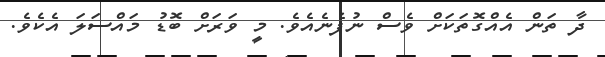
ދާ ތަން އެއްގޮތަކަށް ވެސް ނުފެނެއެވެ. މީ ވަރަށް ބޮޑު މައްސަލަ އެކެވެ.